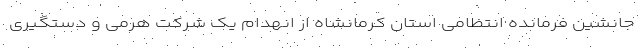
جانشین فرمانده انتظامی استان کرمانشاه از انهدام یک شرکت هرمی و دستگیری